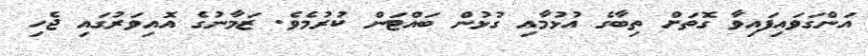
އަންގަވައިފައިވާ ގޮތަށް ތިބާގެ އުޅުމާއި ގުޅުން ބައްޓަން ކުރުމެވެ. ޒަމާނުގެ އޮއިވަރުގައި ޖެހި